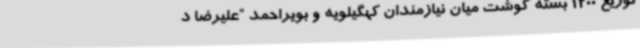
توزیع 1200 بسته گوشت میان نیازمندان کهگیلویه و بویراحمد ”علیرضا د